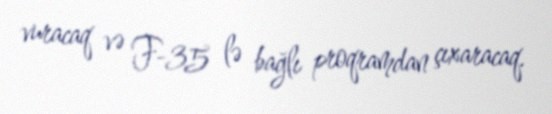
vuracaq və F-35 lə bağlı proqramdan çıxaracaq.